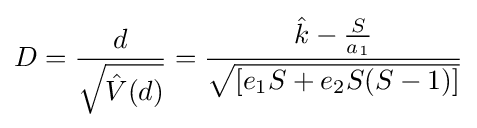
D={\frac {d}{\sqrt {{\hat {V}}(d)}}}={\frac {{\hat {k}}-{\frac {S}{a_{1}}}}{\sqrt {[e_{1}S+e_{2}S(S-1)]}}}